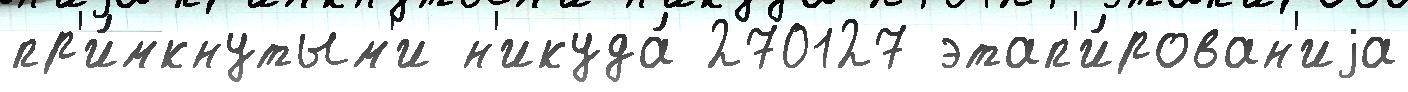
пр'и́мкнутым'и н'икуда́ 270127 этап'и́рован'иjа